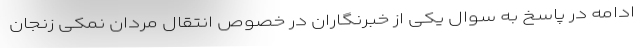
ادامه در پاسخ به سوال یکی از خبرنگاران در خصوص انتقال مردان نمکی زنجان